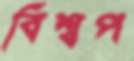
বিশ্বপ